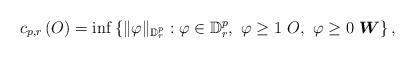
LaTeX: \begin{align*}c_{p,r}\left(O\right)=\inf\left\{ \lVert\varphi\rVert_{\mathbb{D}_{r}^{p}}:\varphi\in\mathbb{D}_{r}^{p},\ \varphi\geq1\ O,\ \varphi\geq0\ \boldsymbol{W}\right\} ,\end{align*}